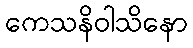
ကေသနိဝါသိနော